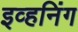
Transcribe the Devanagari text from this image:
इव्हनिंग